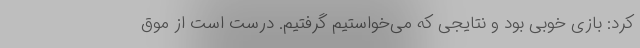
کرد: بازی خوبی بود و نتایجی که می‌خواستیم گرفتیم. درست است از موق